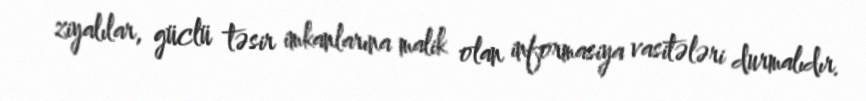
ziyalılar, güclü təsir imkanlarına malik olan informasiya vasitələri durmalıdır.